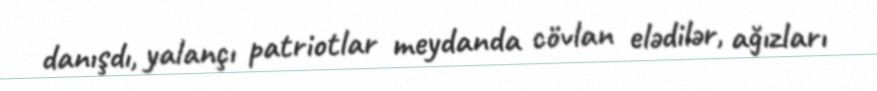
danışdı, yalançı patriotlar meydanda cövlan elədilər, ağızları